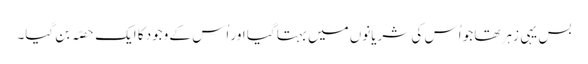
بس یہی زہر تھا جو اُس کی شریانوں میں بہتا گیا اور اُس کے وجود کا ایک حصّہ بن گیا۔